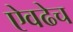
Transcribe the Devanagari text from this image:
ऐवढेच